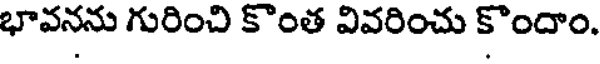
భావనను గురించి కొంత వివరించు కొందాం.